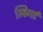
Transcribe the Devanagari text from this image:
स्विगर्ट